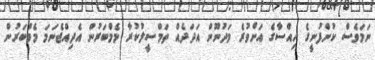
ނަމަވެސް ކުންފުނީގެ ހިއްސާގެ އަށްވުރެ މަދުނޫން އަދަދެއް ތަމްސީލުކުރާ މެމްބަރުން އެދިއްޖެނަމަ މެމްބަރުން